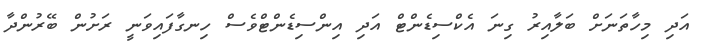
އަދި މިހާތަނަށް ބަލާއިރު ގިނަ އެކްސިޑެންޓް އަދި އިންސިޑެންޓްވެސް ހިނގާފައިވަނީ ރަށުން ބޭރުންދާ